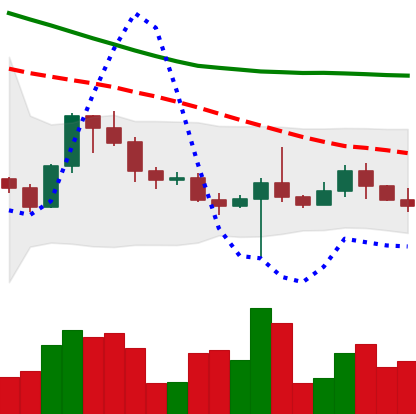
Ticker: BTC-USD
Chart end date: 2022-10-20
Forward return: 5.469%
Label: up_5_7